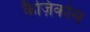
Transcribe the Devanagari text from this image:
कैज़िकोस